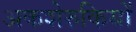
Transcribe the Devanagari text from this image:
अकशेरुकियों